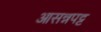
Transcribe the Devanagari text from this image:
आसन्नपट्ट